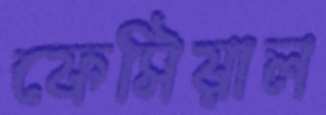
ফেসিয়াল